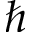
\hbar